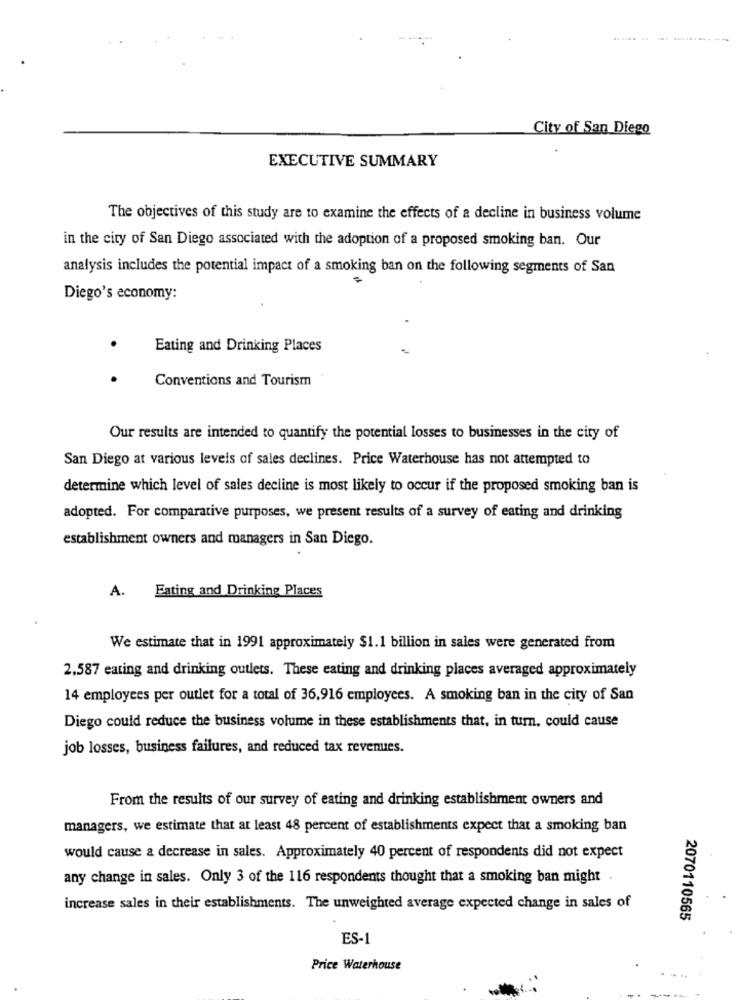
City of San Diego
EXECUTIVE SUMMARY
The objectives of this study are to examine the effects of a decline in business volume
in the city of San Diego associated with the adoption of a proposed smoking ban. Our
analysis includes the potential impact of a smoking ban on the following segments of San
Diego's economy:
.
Eating and Drinking Places
Conventions and Tourism
Our results are intended to quantify the potential losses to businesses in the city of
San Diego at various levels of sales declines. Price Waterhouse has not attempted to
determine which level of sales decline is most likely to occur if the proposed smoking ban is
adopted. For comparative purposes, we present results of a survey of eating and drinking
establishment owners and managers in San Diego.
A.
Eating and Drinking Places
We estimate that in 1991 approximately $1.1 billion in sales were generated from
2,587 eating and drinking outlets. These eating and drinking places averaged approximately
14 employees per outlet for a total of 36,916 employees. A smoking ban in the city of San
Diego could reduce the business volume in these establishments that, in turn, could cause
job losses, business failures, and reduced tax revenues.
From the results of our survey of eating and drinking establishment owners and
managers, we estimate that at least 48 percent of establishments expect that a smoking ban
would cause a decrease in sales. Approximately 40 percent of respondents did not expect
any change in sales. Only 3 of the 116 respondents thought that a smoking ban might
increase sales in their establishments. The unweighted average expected change in sales of
2070110565
ES-1
Price Waterhouse